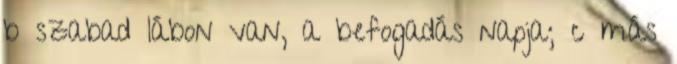
b szabad lábon van, a befogadás napja; c más